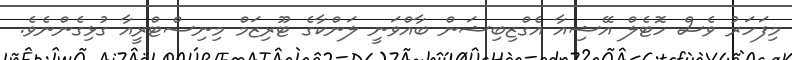
މިފަހަރު ވެސް ހޮޓެލް އޭޝިއާ އެގްޒިބިޝަން ބާއްވަނީ ލަންކާގެ ޓޫރިޒަމް މިނިސްޓްރީއާ ގުޅިގެންނެވެ.